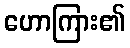
ဟောကြား၏